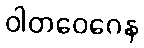
ဝါတဝေဂေန